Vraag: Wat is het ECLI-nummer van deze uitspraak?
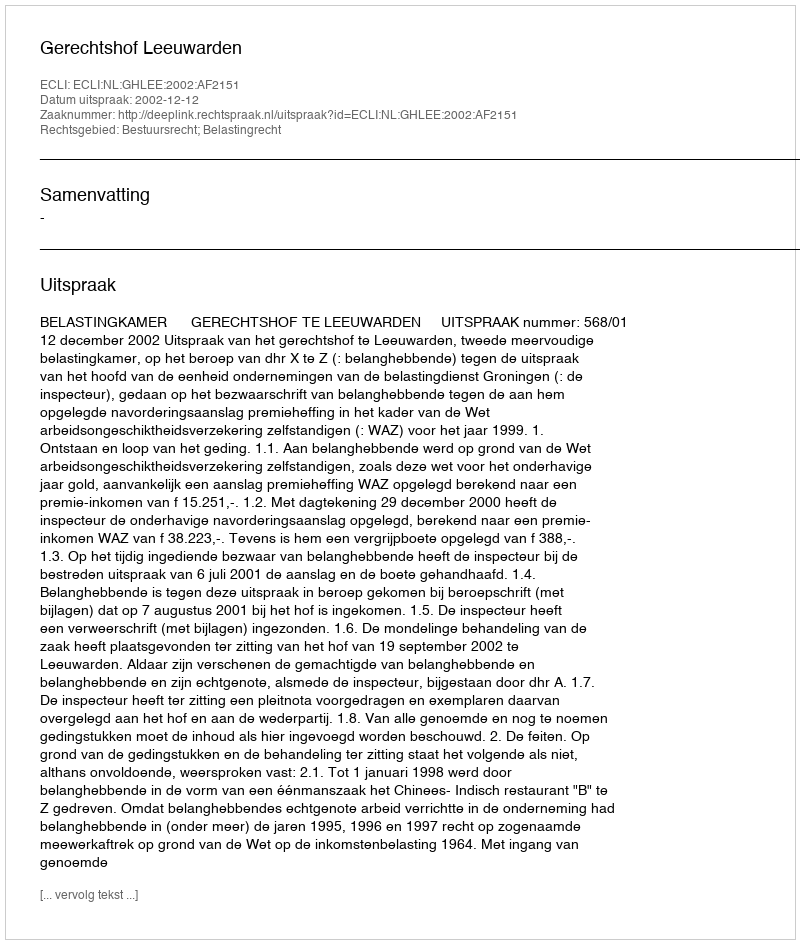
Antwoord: ECLI:NL:GHLEE:2002:AF2151